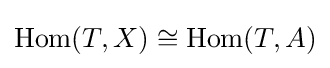
\operatorname {Hom} (T,X)\cong \operatorname {Hom} (T,A)